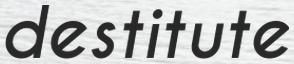
destitute